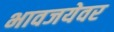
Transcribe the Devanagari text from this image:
भावजयेवर